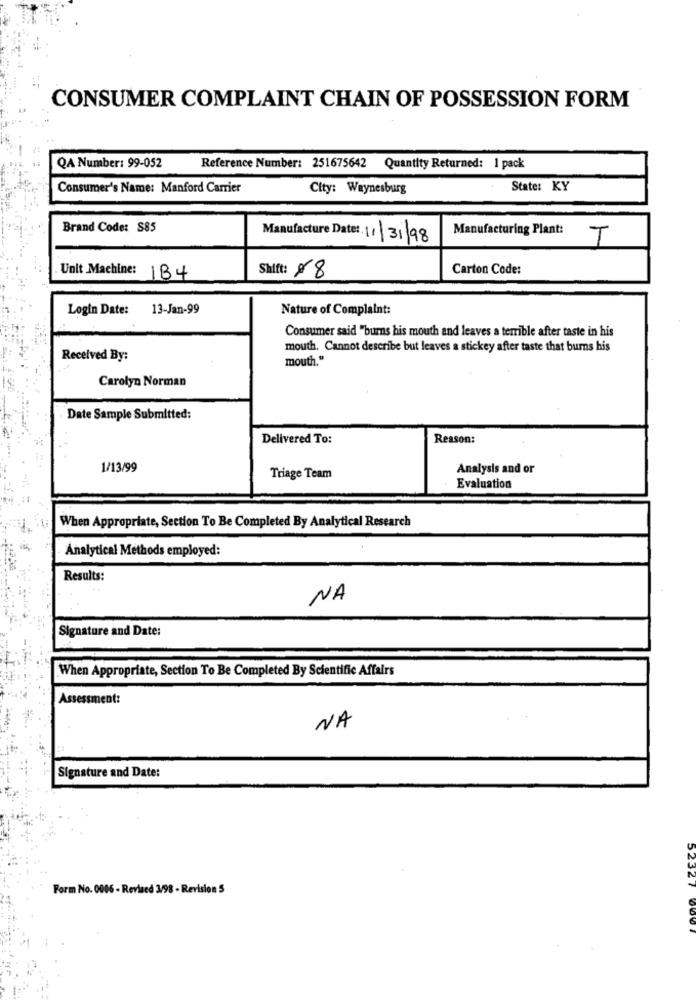
CONSUMER COMPLAINT CHAIN OF POSSESSION FORM
QA Number: 99-052
Reference Number: 251675642 Quantity Returned: 1 pack
Consumer's Name: Manford Carrier
City: Waynesburg
State: KY
Brand Code: S85
Manufacturing Plant:
Manufacture Date: 11/31/98
T
Carton Code:
Unit Machine: IB4
Shift: 08
Login Date:
13-Jan-99
Nature of Complaint:
Consumer said "burns his mouth and leaves a terrible after taste in his
mouth. Cannot describe but leaves a stickey after taste that bums his
Received By:
mouth."
Carolyn Norman
Date Sample Submitted:
Delivered To:
Reason:
1/13/99
Analysis and or
Triage Team
Evaluation
When Appropriate, Section To Be Completed By Analytical Research
Analytical Methods employed:
Results:
NA
Signature and Date:
When Appropriate, Section To Be Completed By Scientific Affairs
Assessment:
NA
Signature and Date:
52321
Form No. 0006 - Revised 3/98 - Revision 5